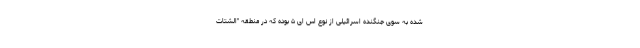
شده به سوی جنگنده اسرائیلی از نوع اس ای ۵ بوده که در منطقه "الشتات